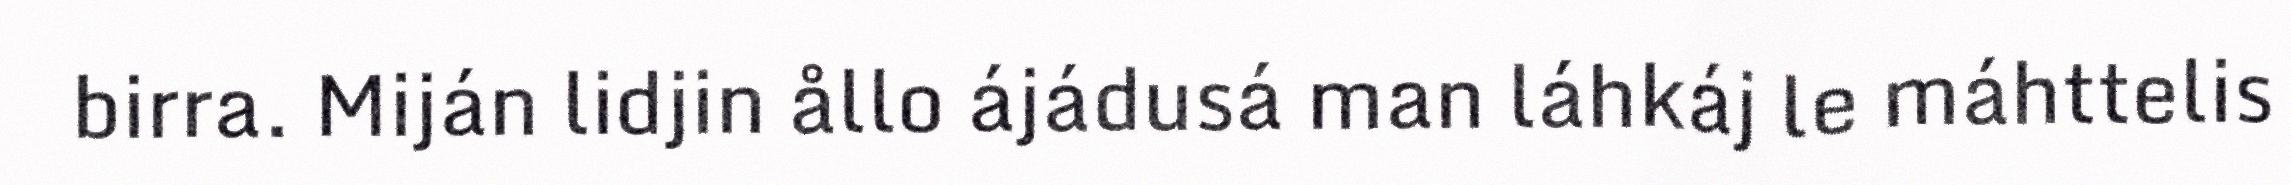
birra. Miján lidjin ållo ájádusá man láhkáj le máhttelis